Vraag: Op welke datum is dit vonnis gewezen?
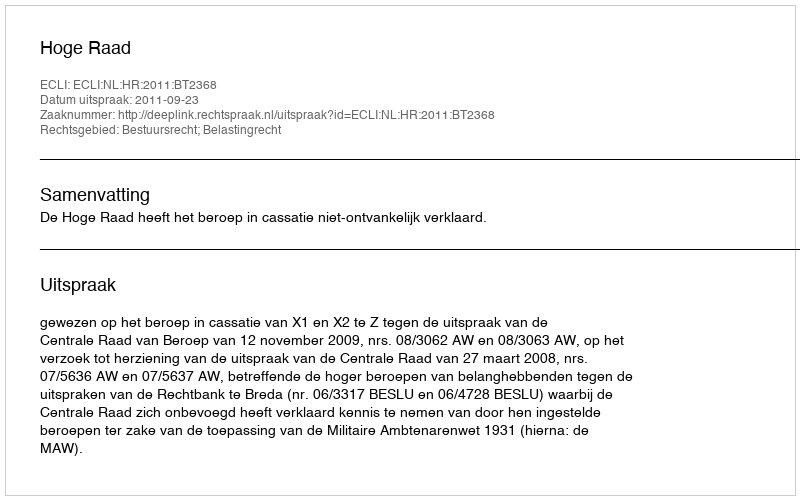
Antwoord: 2011-09-23